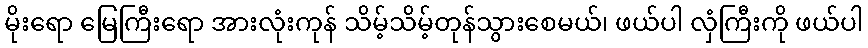
မိုးရော မြေကြီးရော အားလုံးကုန် သိမ့်သိမ့်တုန်သွားစေမယ်၊ ဖယ်ပါ လှံကြီးကို ဖယ်ပါ